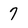
Character: 7